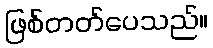
ဖြစ်တတ်ပေသည်။